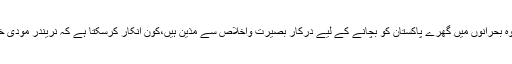
حقیقت یہ ہے کہ حکومت اور اپوزیشن دونوں ہی اپنے عمل سے یہ ثابت کرنے میں ناکام رہے کہ وہ بحرانوں میں گھرے پاکستان کو بچانے کے لیے درکار بصیرت واخلاص سے مذین ہیں،کون انکار کرسکتا ہے کہ نریندر مودی خارجہ محاذ پر پاکستان کو گھیرے میں لینے کے حوالے سے کسی نہ کسی شکل میں کامیاب ہوچکا۔